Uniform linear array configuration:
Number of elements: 64
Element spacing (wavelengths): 0.75
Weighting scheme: hamming
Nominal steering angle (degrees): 45
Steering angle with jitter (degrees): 46.498
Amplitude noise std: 0.05
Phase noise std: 0.05

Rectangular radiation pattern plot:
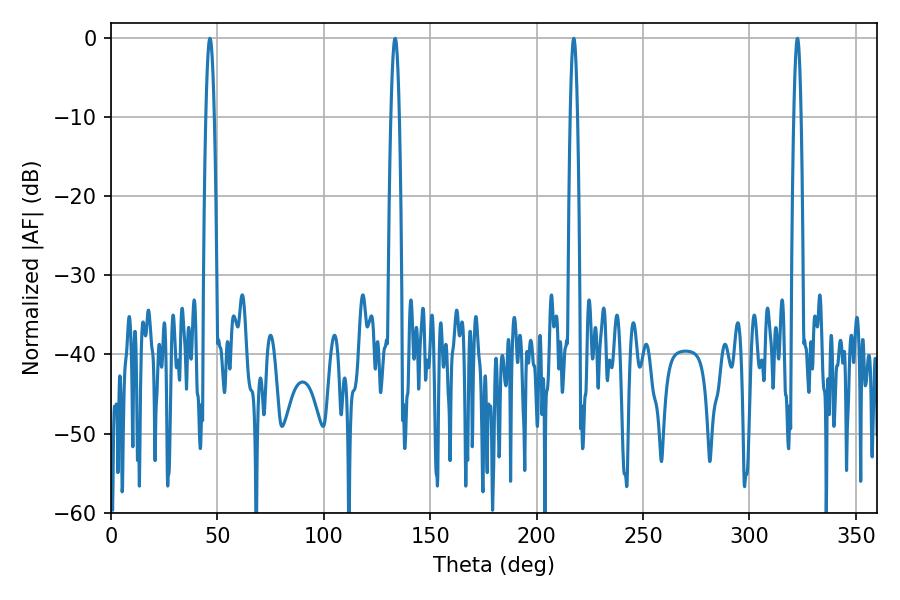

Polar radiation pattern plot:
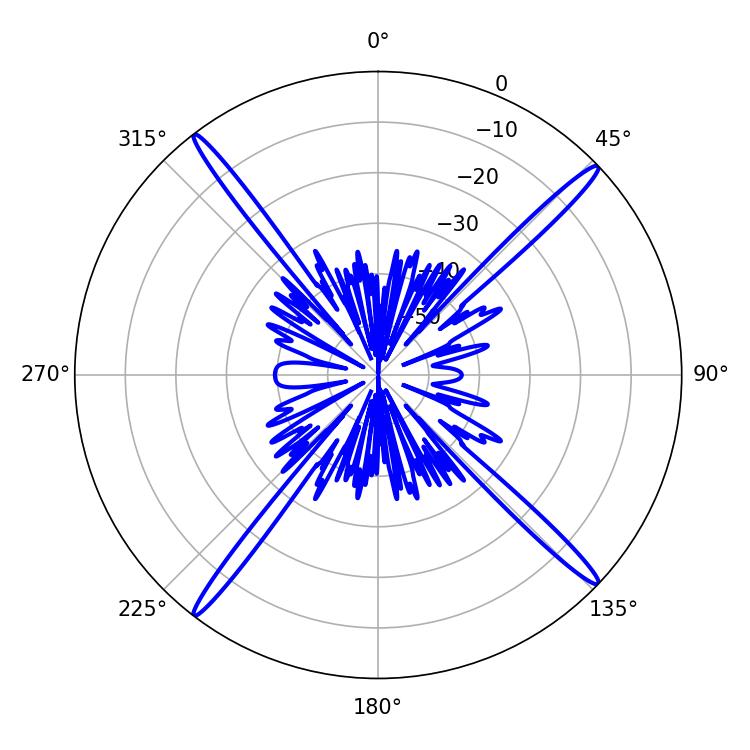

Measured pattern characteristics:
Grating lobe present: TRUE
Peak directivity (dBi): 20.825
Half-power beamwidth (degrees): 1.8
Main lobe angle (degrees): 217.44